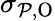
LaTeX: \sigma_{\mathcal{P},\mathrm{O}}